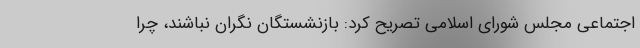
اجتماعی مجلس شورای اسلامی تصریح کرد: بازنشستگان نگران نباشند، چرا